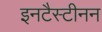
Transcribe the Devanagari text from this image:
इनटैस्टीनन